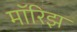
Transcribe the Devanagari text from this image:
मॉरिझ